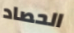
الحصاد